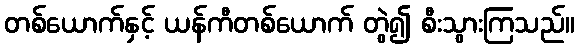
တစ်ယောက်နှင့် ယန်ကီတစ်ယောက် တွဲ၍ စီးသွားကြသည်။